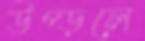
উপ্‌ড়লে